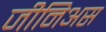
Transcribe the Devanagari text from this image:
जीनिअस